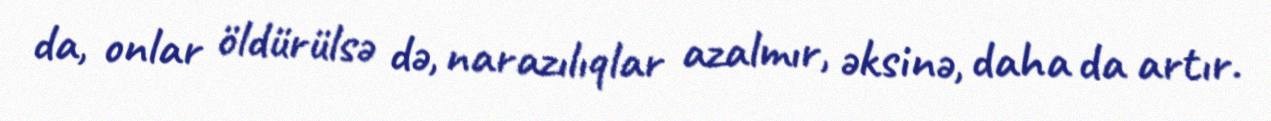
da, onlar öldürülsə də, narazılıqlar azalmır, əksinə, daha da artır.